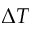
\Delta { T }